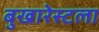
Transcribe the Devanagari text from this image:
बुखारेस्टला